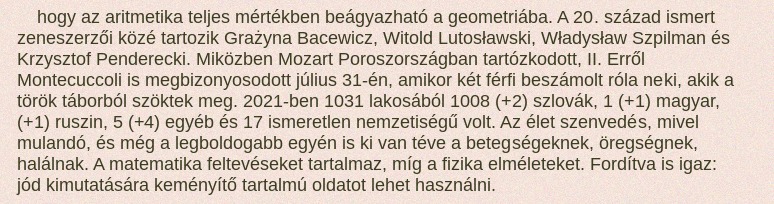
hogy az aritmetika teljes mértékben beágyazható a geometriába. A 20. század ismert zeneszerzői közé tartozik Grażyna Bacewicz, Witold Lutosławski, Władysław Szpilman és Krzysztof Penderecki. Miközben Mozart Poroszországban tartózkodott, II. Erről Montecuccoli is megbizonyosodott július 31-én, amikor két férfi beszámolt róla neki, akik a török táborból szöktek meg. 2021-ben 1031 lakosából 1008 (+2) szlovák, 1 (+1) magyar, (+1) ruszin, 5 (+4) egyéb és 17 ismeretlen nemzetiségű volt. Az élet szenvedés, mivel mulandó, és még a legboldogabb egyén is ki van téve a betegségeknek, öregségnek, halálnak. A matematika feltevéseket tartalmaz, míg a fizika elméleteket. Fordítva is igaz: jód kimutatására keményítő tartalmú oldatot lehet használni.